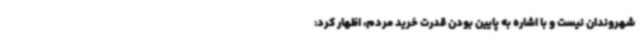
شهروندان نیست و با اشاره به پایین بودن قدرت خرید مردم، اظهار کرد: